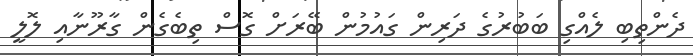
ދެންތިބި ލެއްގި ބަބުރުގެ ދަރިން ގައުމުން ބޭރަށް ގޮސް ތިބެގެން ގާރޫނާއި ލޮލީ